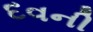
દવની